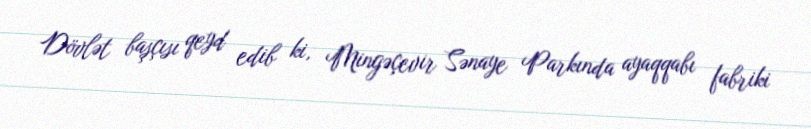
Dövlət başçısı qeyd edib ki, Mingəçevir Sənaye Parkında ayaqqabı fabriki